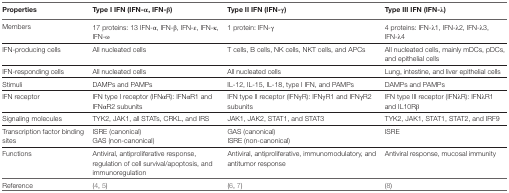
| Properties | Type I IFN (IFN-α, IFN-β) | Type II IFN (IFN-γ) | Type III IFN (IFN-λ) |
 | --- | --- | --- | --- |
 | Members | 17 proteins: 13 IFN-α, IFN-β, IFN-ε, IFN-κ, IFN-ω | 1 protein: IFN-γ | 4 proteins: IFN-λ1, IFN-λ2, IFN-λ3, IFN-λ4 |
 | IFN-producing cells | All nucleated cells | T cells, B cells, NK cells, NKT cells, and APCs | All nucleated cells, mainly mDCs, pDCs, and epithelial cells |
 | IFN-responding cells | All nucleated cells | All nucleated cells | Lung, intestine, and liver epithelial cells |
 | Stimuli | DAMPs and PAMPs | IL-12, IL-15, IL-18, type I IFN, and PAMPs | DAMPs and PAMPs |
 | IFN receptor | IFN type I receptor (IFNαR): IFNαR1 and IFNαR2 subunits | IFN type II receptor (IFNγR): IFNγR1 and IFNγR2 subunits | IFN type III receptor (IFNλR): IFNλR1 and IL10Rβ |
 | Signaling molecules | TYK2, JAK1, all STATs, CRKL, and IRS | JAK1, JAK2, STAT1, and STAT3 | TYK2, JAK1, STAT1, STAT2, and IRF9 |
 | Transcription factor binding sites | ISRE (canonical)GAS (non-canonical) | GAS (canonical)ISRE (non-canonical) | ISRE |
 | Functions | Antiviral, antiproliferative response, regulation of cell survival/apoptosis, and immunoregulation | Antiviral, antiproliferative, immunomodulatory, and antitumor response | Antiviral response, mucosal immunity |
 | Reference | (4, 5) | (6, 7) | (8) |